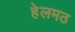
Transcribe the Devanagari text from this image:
हेलमठ